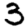
Digit: 3